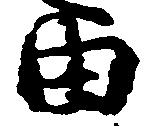
由